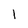
Character: l